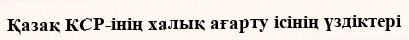
Қазақ КСР-інің халық ағарту ісінің үздіктері